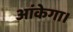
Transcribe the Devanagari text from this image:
आंकेगा।